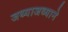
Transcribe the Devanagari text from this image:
जथ्याजथ्याने